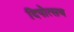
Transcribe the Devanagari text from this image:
दिपोत्सव